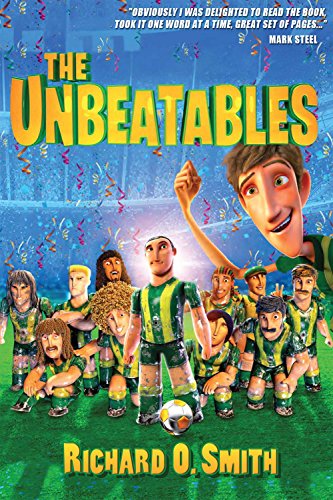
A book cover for The Unbeatables; Richard O. Smith; Teen & Young Adult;